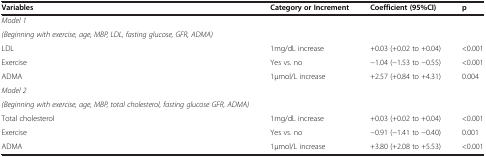
| Variables | Category or Increment | Coefficient (95%CI) | p |
 | --- | --- | --- | --- |
 | Model 1 |  |  |  |
 | (Beginning with exercise, age, MBP, LDL, fasting glucose, GFR, ADMA) |  |  |  |
 | LDL | 1mg/dL increase | +0.03 (+0.02 to +0.04) | <0.001 |
 | Exercise | Yes vs. no | −1.04 (−1.53 to −0.55) | <0.001 |
 | ADMA | 1μmol/L increase | +2.57 (+0.84 to +4.31) | 0.004 |
 | Model 2 |  |  |  |
 | (Beginning with exercise, age, MBP, total cholesterol, fasting glucose GFR, ADMA) |  |  |  |
 | Total cholesterol | 1mg/dL increase | +0.03 (+0.02 to +0.04) | <0.001 |
 | Exercise | Yes vs. no | −0.91 (−1.41 to −0.40) | 0.001 |
 | ADMA | 1μmol/L increase | +3.80 (+2.08 to +5.53) | <0.001 |